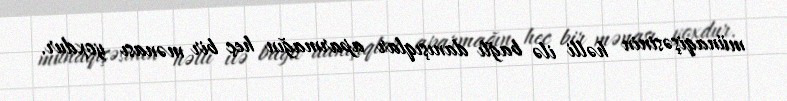
münaqişəsinin həlli ilə bağlı danışıqlar aparmağın heç bir mənası yoxdur.